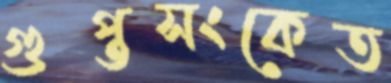
গুপ্তসংকেত